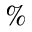
\%